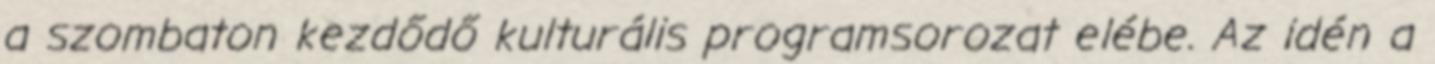
a szombaton kezdődő kulturális programsorozat elébe. Az idén a